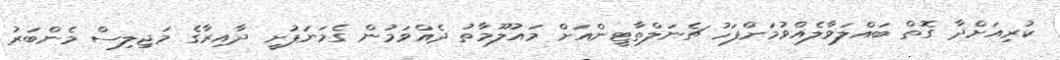
ކުރިއަށްދާ ގޮތް ބައްލަވާލެއްވުމަށްފަހު ޗެނަލްތާޓީންއަށް މައުލޫމާތު ދެއްވަމުން ގެމަނަފުށީ ދާއިރާގެ މަޖިލިސް މެންބަރު